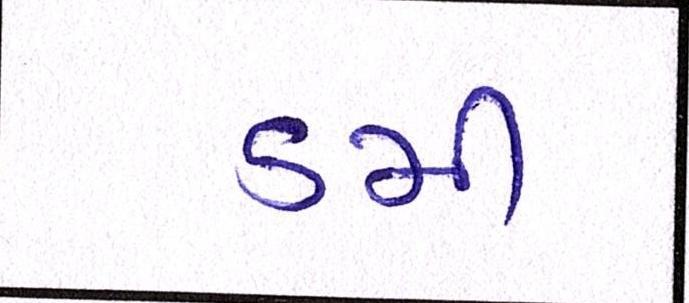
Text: ડમી